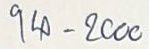
94 - 2000